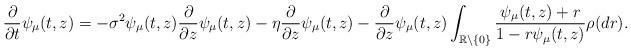
LaTeX: \begin{align*}{\frac{\partial}{\partial t}\psi_{\mu}(t,z)}=-\sigma^{2}\psi_{\mu}(t,z)\frac{\partial}{\partial z}\psi_{\mu}(t,z)-\eta \frac{\partial}{\partial z}\psi_{\mu}(t,z)-\frac{\partial}{\partial z}\psi_{\mu}(t,z)\int _{\mathbb{R}\backslash \{0\} }\frac{\psi_{\mu}(t,z)+r}{1-r\psi_{\mu}(t,z)}\rho(dr).\end{align*}